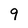
Character: 9